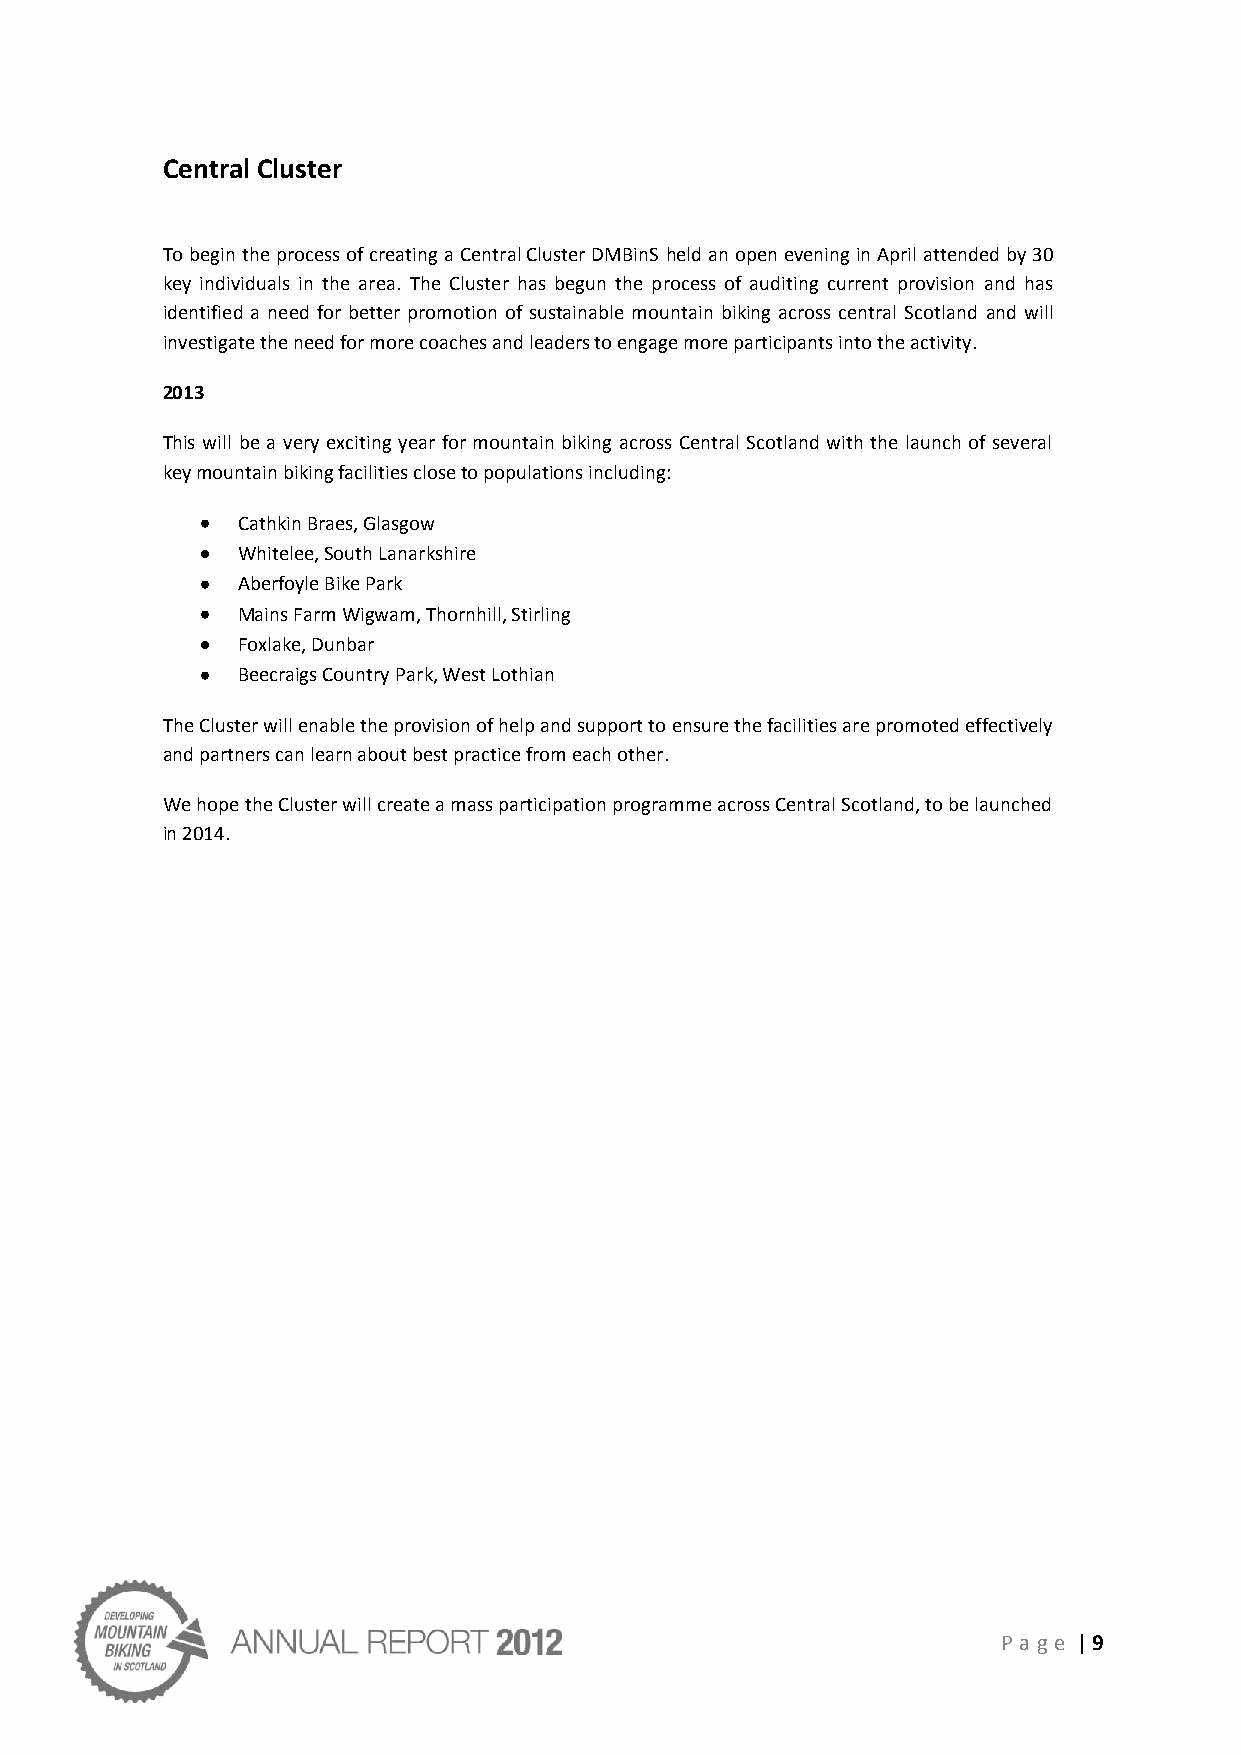
Central Cluster
 To begin the process of creating a Central Cluster DMBinS held an open evening in April attended by 30
 key individuals in the area. The Cluster has begun the process of auditing current provision and has
 identified a need for better promotion of sustainable mountain biking across central Scotland and will
 investigate the need for more coaches and leaders to engage more participants into the activity.
 2013
 This will be a very exciting year for mountain biking across Central Scotland with the launch of several
 key mountain biking facilities close to populations including:
 Cathkin Braes, Glasgow
 Whitelee, South Lanarkshire
 Aberfoyle Bike Park
 Mains Farm Wigwam, Thornhill, Stirling
 Foxlake, Dunbar
 Beecraigs Country Park, West Lothian
 The Cluster will enable the provision of help and support to ensure the facilities are promoted effectively
 and partners can learn about best practice from each other.
 We hope the Cluster will create a mass participation programme across Central Scotland, to be launched
 in 2014.
 P age | 9